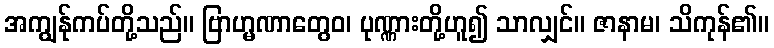
အကျွန်ုကပ်တို့သည်။ ဗြာဟ္မဏာတွေဝ၊ ပုဏ္ဏားတို့ဟူ၍ သာလျှင်။ ဇာနာမ၊ သိကုန်၏။